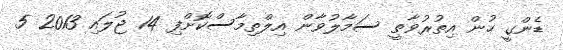
ޑެންގީ ހުން އިތުރުވާތީ ސަމާލުވާން އިލްތިމާސްކޮށްފި 14 ޖުލައި 2013 5